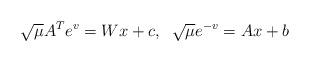
LaTeX: \begin{align*}~\sqrt{\mu} A^T e^v = Wx + c, \;\; \sqrt{\mu} e^{-v} = Ax + b\end{align*}